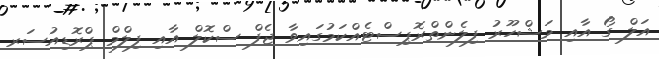
އަލް ގޯ އާއި މަޝްހޫރު ފިލެންތްރޮޕިސްޓެއްކަމުގައިވާ ޖެފް ސްކޮލް އާއި ފިލްމް ޕްރޮޑިއުސަރ